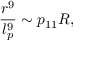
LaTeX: \frac { r ^ { 9 } } { l _ { p } ^ { 9 } } \sim p _ { 1 1 } R ,